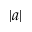
| a |